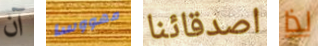
آن مهووسا اصدقائنا لذا